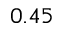
0 . 4 5